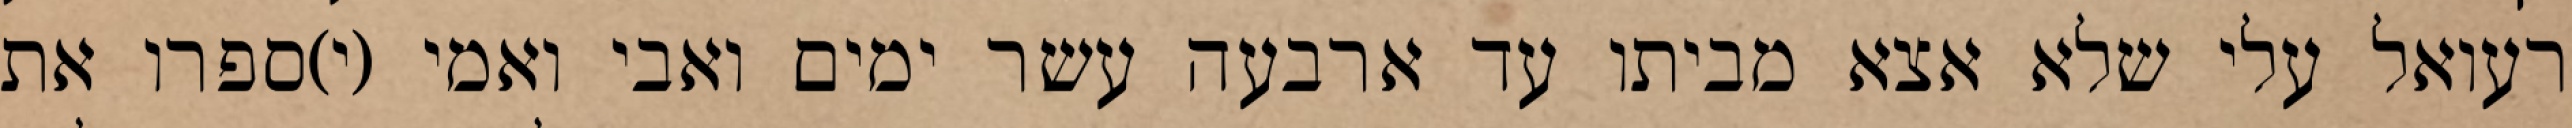
רעואל עלי שלא אצא מביתו עד ארבעה עשר ימים ואבי ואמי (י)ספרו את